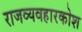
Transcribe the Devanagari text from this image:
राजव्यवहारकोश